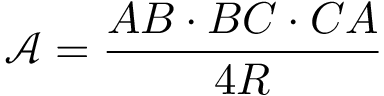
{ \mathcal { A } } = { \frac { A B \cdot B C \cdot C A } { 4 R } }